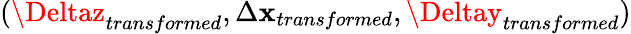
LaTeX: (\Deltaz_{transformed},\Delta\mathbf{x}_{transformed},\Deltay_{transformed})